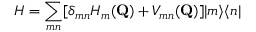
H = \sum _ { m n } [ \delta _ { m n } H _ { m } ( \mathbf { Q } ) + V _ { m n } ( \mathbf { Q } ) ] | m \rangle \langle n |